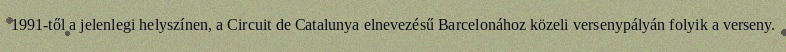
1991-től a jelenlegi helyszínen, a Circuit de Catalunya elnevezésű Barcelonához közeli versenypályán folyik a verseny.